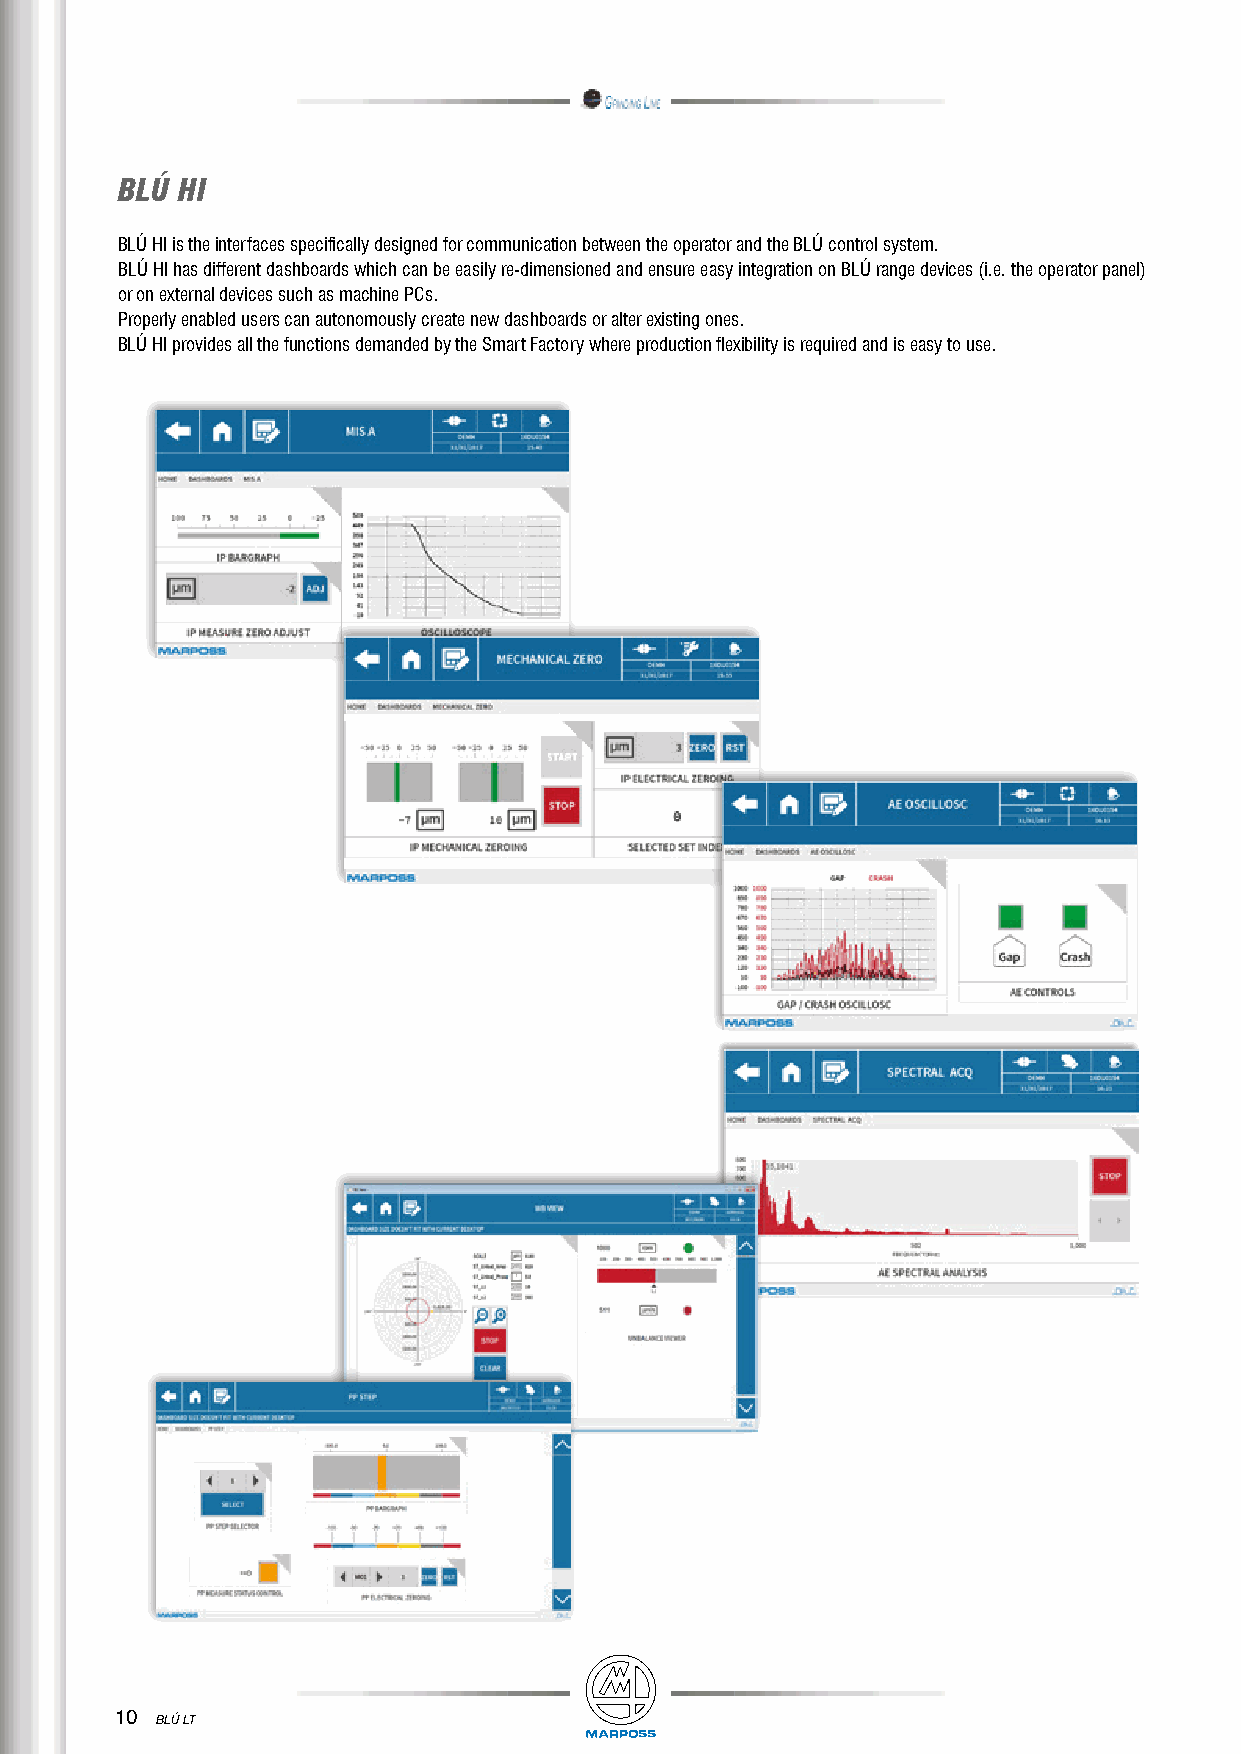
BLÚ HI
 BLÚ HI is the interfaces specifically designed for communication between the operator and the BLÚ control system.
 BLÚ HI has different dashboards which can be easily re-dimensioned and ensure easy integration on BLÚ range devices (i.e. the operator panel)
 or on external devices such as machine PCs.
 Properly enabled users can autonomously create new dashboards or alter existing ones.
 BLÚ HI provides all the functions demanded by the Smart Factory where production flexibility is required and is easy to use.
 10
 BLÚ LT